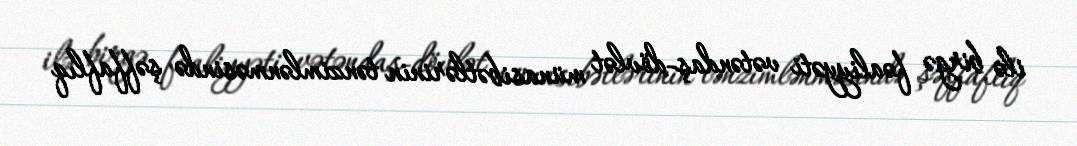
ilə birgə fəaliyyəti vətəndaş-dövlət münasibətlərinin tənzimlənməsində şəffaflıq